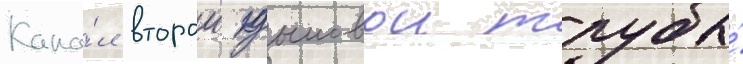
Кана́л второи дымовои трубы́